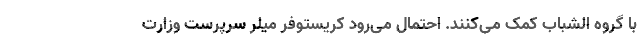
با گروه الشباب کمک می‌کنند. احتمال می‌رود کریستوفر میلر سرپرست وزارت